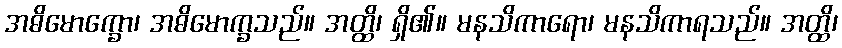
အဓိမောက္ခော၊ အဓိမောက္ခသည်။ အတ္ထိ၊ ရှိ၏။ မနသိကာရော၊ မနသိကာရသည်။ အတ္ထိ၊